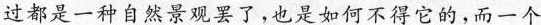
过都是一种自然景观罢了，也是如何不得它的，而一个